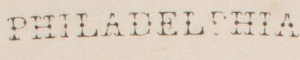
PHILADELPHIA.